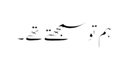
ہم تو سمجھتے تھے ۔